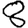
Digit: 8